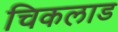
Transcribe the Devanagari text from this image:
चिकलाड